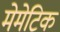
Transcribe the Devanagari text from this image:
मेमेटिक